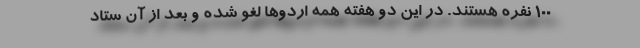
100 نفره هستند. در این دو هفته همه اردوها لغو شده و بعد از آن ستاد